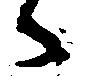
々